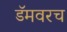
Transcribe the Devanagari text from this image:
डॅमवरच